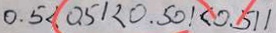
0 . 5 < 0 . 5 1 < 0 . 5 0 1 < 0 . 5 1 1